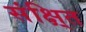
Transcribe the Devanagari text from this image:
संक्षि्त